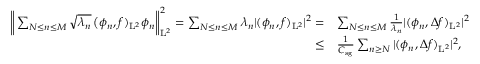
\begin{array} { r l } { \bigg \| \sum _ { N \leq n \leq M } \sqrt { \lambda _ { n } } \, \big ( \phi _ { n } , f ) _ { \mathrm { L } ^ { 2 } } \phi _ { n } \bigg \| _ { \mathrm { L } ^ { 2 } } ^ { 2 } = \sum _ { N \leq n \leq M } \lambda _ { n } \vert ( \phi _ { n } , f ) _ { \mathrm { L } ^ { 2 } } \vert ^ { 2 } = } & { \sum _ { N \leq n \leq M } \frac { 1 } { \lambda _ { n } } \vert ( \phi _ { n } , \Delta f ) _ { \mathrm { L } ^ { 2 } } \vert ^ { 2 } } \\ { \leq } & { \frac { 1 } { C _ { \mathrm { s g } } } \sum _ { n \geq N } \vert ( \phi _ { n } , \Delta f ) _ { \mathrm { L } ^ { 2 } } \vert ^ { 2 } , } \end{array}